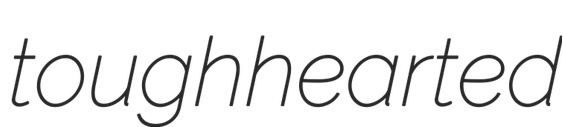
toughhearted